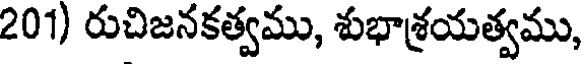
201) రుచిజనకత్వము, శుభాశ్రయత్వము,